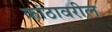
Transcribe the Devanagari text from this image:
कांठावरील